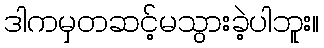
ဒါကမှတဆင့်မသွားခဲ့ပါဘူး။